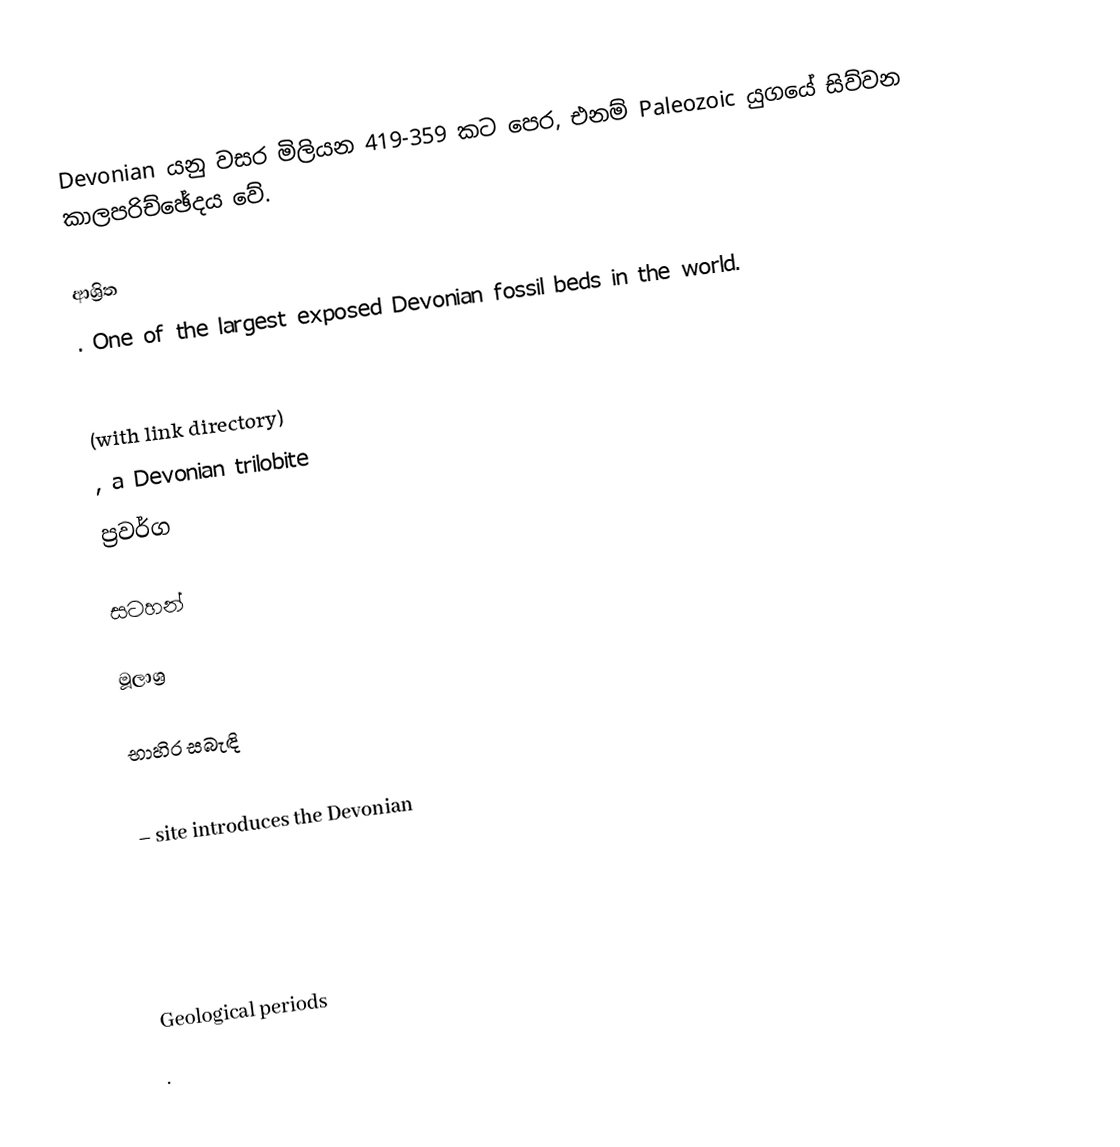
Devonian යනු වසර මිලියන 419-359 කට පෙර, එනම් Paleozoic යුගයේ සිව්වන කාලපරිච්ඡේදය වේ.

ආශ්‍රිත
 . One of the largest exposed Devonian fossil beds in the world.

  (with link directory)
 , a Devonian trilobite
ප්‍රවර්ග

සටහන්

මූලාශ්‍ර

භාහිර සබැඳි

  – site introduces the Devonian

Geological periods
.